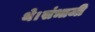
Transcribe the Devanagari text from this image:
थे।संभाजी